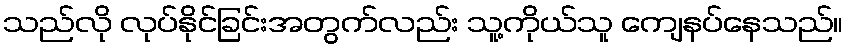
သည်လို လုပ်နိုင်ခြင်းအတွက်လည်း သူ့ကိုယ်သူ ကျေနပ်နေသည်။